Scottish Leaving Certificate Examination, 1952
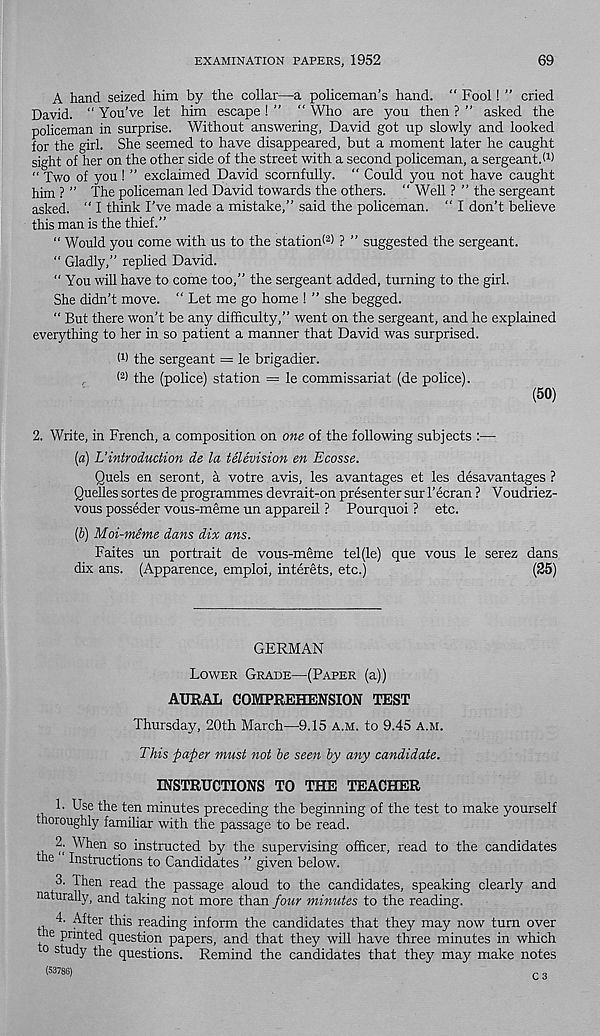
EXAMINATION PAPERS, 1952
69
A hand seized him by the collar—a policeman’s hand. “ Fool! ” cried
David. “ You’ve let him escape ! ” " Who are you then ? ” asked the
policeman in surprise. Without answering, David got up slowly and looked
for the girl. She seemed to have disappeared, but a moment later he caught
sight of her on the other side of the street with a second policeman, a sergeant.* 1 )
“ Two of you ! ” exclaimed David scornfully. “ Could you not have caught
him ? ” The policeman led David towards the others. “ Well ? ” the sergeant
asked. “ I think I’ve made a mistake,” said the policeman. “ I don’t believe
this man is the thief.”
“ Would you come with us to the station* 2 ) ? ” suggested the sergeant.
“ Gladly,” replied David.
“ You will have to come too,” the sergeant added, turning to the girl.
She didn’t move. “ Let me go home ! ” she begged.
“ But there won’t be any difficulty,” went on the sergeant, and he explained
everything to her in so patient a manner that David was surprised.
W the sergeant = le brigadier.
* 2 > the (police) station = le commissariat (de police).
(50)
2. Write, in French, a composition on one of the following subjects :—
[a) Uintroduction de la television en Ecosse.
Quels en seront, a votre avis, les avantages et les desavantages ?
Quelles sortes de programmes devrait-on presenter sur 1’ ecran ? Voudriez-
vous posseder vous-meme un appareil ? Pourquoi ? etc.
(b) Moi-meme dans dix ans.
Faites un portrait de vous-meme tel(le) que vous le serez dans
dix ans. (Apparence, emploi, interets, etc.)
(25)
GERMAN
Lower Grade—(Paper (a))
AURAL COMPREHENSION TEST
Thursday, 20th March—9.15 a.m. to 9.45 A.M.
This paper must not be seen by any candidate.
INSTRUCTIONS TO THE TEACHER
1. Use the ten minutes preceding the beginning of the test to make yourself
thoroughly familiar with the passage to be read.
2- When so instructed by the supervising officer, read to the candidates
the Instructions to Candidates ” given below.
3. Then read the passage aloud to the candidates, speaking clearly and
naturally, and taking not more than four minutes to the reading.
4. After this reading inform the candidates that they may now turn over
he printed question papers, and that they will have three minutes in which
o study the questions. Remind the candidates that they may make notes
(53786)
r .